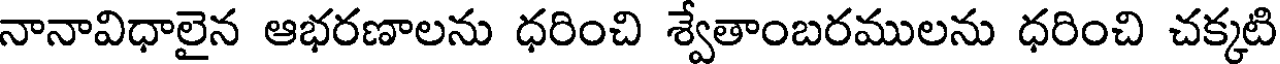
నానావిధాలైన ఆభరణాలను ధరించి శ్వేతాంబరములను ధరించి చక్కటి